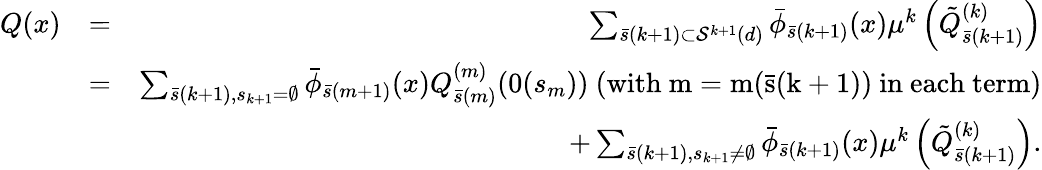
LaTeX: \begin{array}{rlr}{Q(x)}&{=}&{\sum_{\bar{s}(k+1)\subset{\cal S}^{k+1}(d)}\bar{\phi}_{\bar{s}(k+1)}(x)\mu^{k}\left(\tilde{Q}_{\bar{s}(k+1)}^{(k)}\right)}\\ &{=}&{\sum_{\bar{s}(k+1),s_{k+1}=\emptyset}\bar{\phi}_{\bar{s}(m+1)}(x)Q_{\bar{s}(m)}^{(m)}(0(s_{m}))\mathrm{~(with~m=m(\bar{s}(k+1))~in~each~term)}}\\ &{}&{+\sum_{\bar{s}(k+1),s_{k+1}\not=\emptyset}\bar{\phi}_{\bar{s}(k+1)}(x)\mu^{k}\left(\tilde{Q}_{\bar{s}(k+1)}^{(k)}\right).}\end{array}